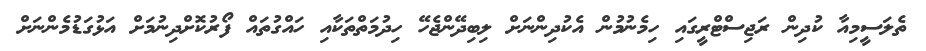
ތެލަސީމިއާ ކުދިން ރަޖިސްޓްރީގައި ހިމެނުމުން އެކުދިންނަށް ލިބިދޭންޖެހޭ ހިދުމަތްތަކާއި ހައްގުތައް ފޯރުކޮށްދިނުމަށް އަޅުގަޑުމެންނަށް